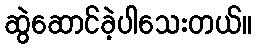
ဆွဲဆောင်ခဲ့ပါသေးတယ်။